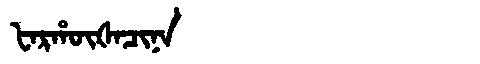
Manchu: ᡶᠠᡵᡥᡡᡧᠠᠴᡳᠨᠠ
Romanization: FARHŪŠACINA